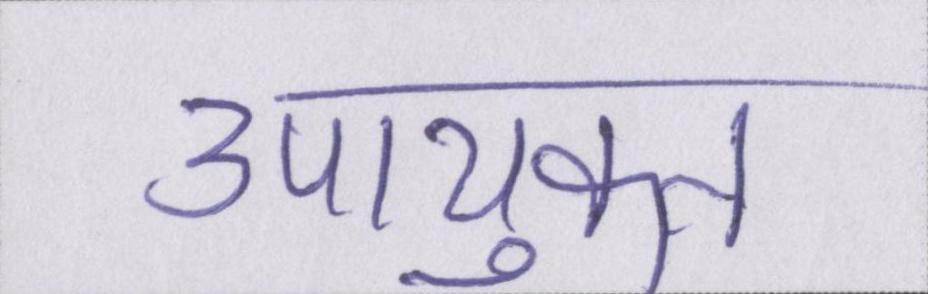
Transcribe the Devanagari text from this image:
उपायुक्त